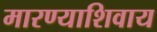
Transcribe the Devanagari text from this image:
मारण्याशिवाय